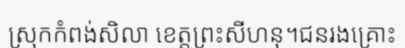
ស្រុកកំពង់សិលា ខេត្តព្រះសីហនុ។ជនរងគ្រោះ